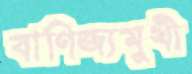
বাণিজ্যমুখী